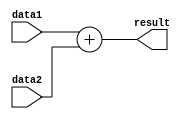
module adder(input [63:0]data1 , data2  ,output[63:0] result);
	assign result = data1 + data2;
endmodule